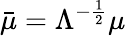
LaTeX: \bar{\mu}=\Lambda^{-\frac{1}{2}}\mu